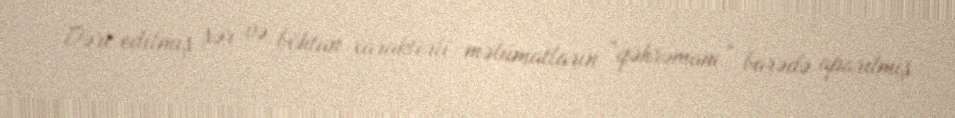
Dərc edilmiş şər və böhtan xarakterli məlumatların “qəhrəmanı” barədə aparılmış